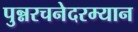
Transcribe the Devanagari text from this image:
पुन्नरचनेदरम्यान